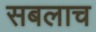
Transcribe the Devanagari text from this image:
सबलाच